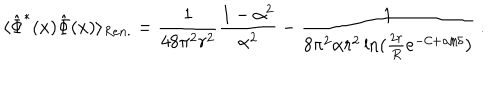
\langle \hat { \Phi } ^ { * } ( x ) \hat { \Phi } ( x ) \rangle _ { R e n . } = \frac 1 { 4 8 \pi ^ { 2 } r ^ { 2 } } \frac { 1 - \alpha ^ { 2 } } { \alpha ^ { 2 } } - \frac 1 { 8 \pi ^ { 2 } \alpha r ^ { 2 } \ln ( \frac { 2 r } R e ^ { - { \mathcal { C } } + \alpha / \delta } ) } \ .